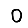
Digit: 0